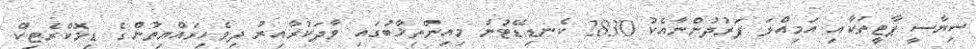
ސިޔާސީ ޕާޓީތަކާއި އަމިއްލަ ފަރުދުންނާއެކު 2830 ކެނޑިޑޭޓުން މިއިންތިޚާބުގައި ވާދަކުރާއިރު ދިވެހިރައްޔިތުންގެ ޑިމޮކްރެޓިކް